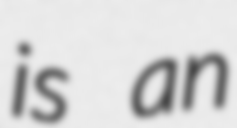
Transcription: is an